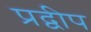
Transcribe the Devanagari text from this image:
प्रद्वीप